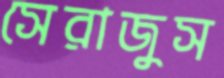
সেরাজুস